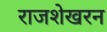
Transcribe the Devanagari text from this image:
राजशेखरन